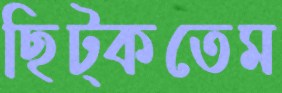
ছিট্‌কতেম